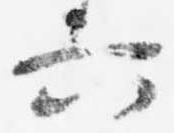
六